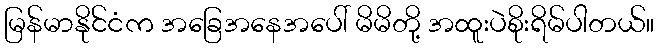
မြန်မာနိုင်ငံက အခြေအနေအပေါ် မိမိတို့ အထူးပဲစိုးရိမ်ပါတယ်။